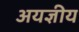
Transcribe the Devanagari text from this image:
अयज्ञीय